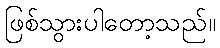
ဖြစ်သွားပါတော့သည်။